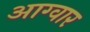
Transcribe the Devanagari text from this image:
आग्वार